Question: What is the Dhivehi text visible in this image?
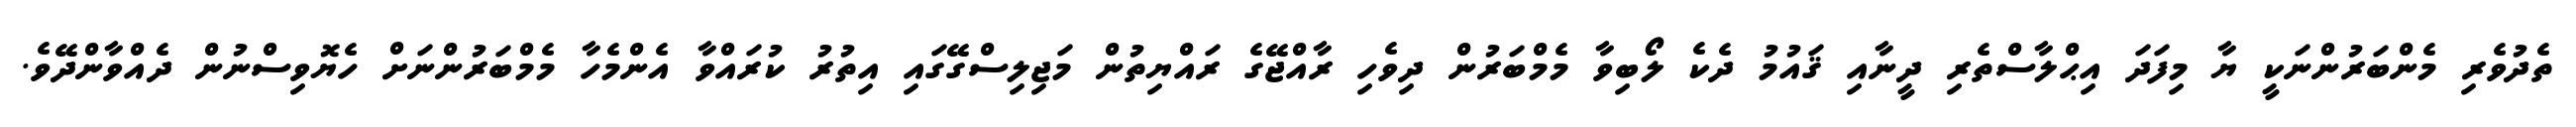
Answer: ތެދުވެރި މެންބަރުންނަކީ ޔާ މިފަދަ އިޙްލާސްތެރި ދީނާއި ޤައުމު ދެކެ ލޯބިވާ މެމްބަރުން ދިވެހި ރާއްޖޭގެ ރައްޔިތުން މަޖިލިސްގޭގައި އިތުރު ކުރައްވާ އެންމެހާ މެމްބަރުންނަށް ހެޔޮވިސްނުން ދެއްވާންދޭވެ.